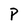
Character: P